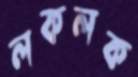
লকলক